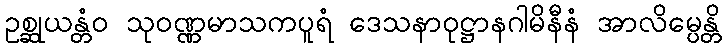
ဥစ္ဆုယန္တံဝ သုဝဏ္ဏမာသကပူရံ ဒေသနာဝုဋ္ဌာနဂါမိနီနံ အာလိမ္ပေန္တိ